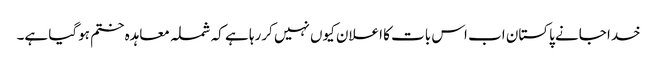
خدا جانے پاکستان اب اس بات کا اعلان کیوں نہیں کررہا ہے کہ شملہ معاہدہ ختم ہوگیا ہے۔